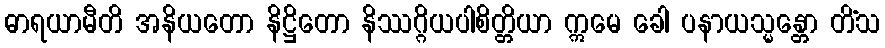
ဓာရယာမီတိ အနိယတော နိဋ္ဌိတော နိဿဂ္ဂိယပါစိတ္တိယာ ဣမေ ခေါ ပနာယသ္မန္တော တိံသ